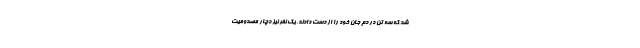
شد که سه تن در دم جان خود را از دست دادند. یک نفر نیز دچار مصدومیت